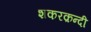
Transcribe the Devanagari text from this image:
शकरक़न्दी